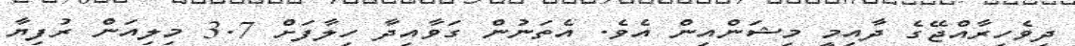
ދިވެހިރާއްޖޭގެ ދާއިމީ މިޝަންއިން އެވެ. އެތަނުން ގަވާއިދާ ހިލާފަށް 3.7 މިލިއަން ރުފިޔާ